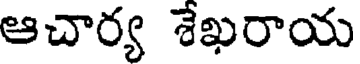
ఆచార్య శేఖరాయ